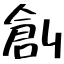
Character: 創